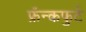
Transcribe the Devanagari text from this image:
फ्रँन्कफुर्ट